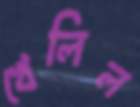
খেলিল